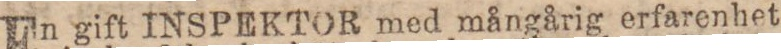
En gift INSPEKTOR med mångårig erfarenhet